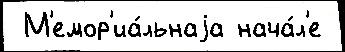
 М'емор'иа́льнаjа нача́л'е